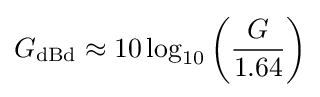
G_{\text{dBd}}\approx 10\log _{10}\left({\frac {G}{1.64}}\right)